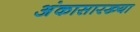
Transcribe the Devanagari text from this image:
अंकासारख्या